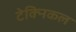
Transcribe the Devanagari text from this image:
टेक्‍िनकल